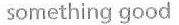
something good